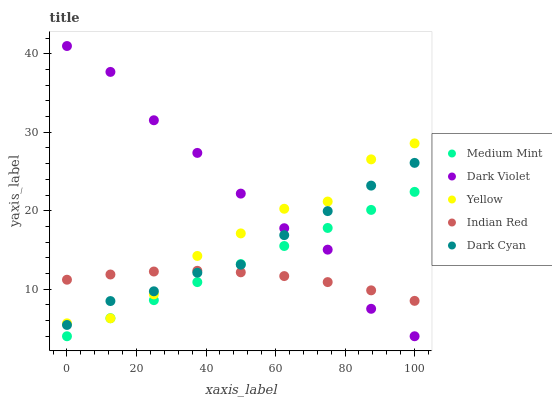
| xaxis_label | Medium Mint | Dark Violet | Yellow | Indian Red | Dark Cyan |
 | --- | --- | --- | --- | --- | --- |
 | 0 | 4 | 41 | 5.65 | 11.2 | 5.44 |
 | 12.5 | 6.3 | 37.7 | 6.28 | 11.9 | 8.49 |
 | 25 | 8.6 | 31.5 | 9.34 | 12.3 | 9.73 |
 | 37.5 | 10.9 | 27.4 | 14.2 | 12.3 | 12.1 |
 | 50 | 13.2 | 22.2 | 17.1 | 12.2 | 13.1 |
 | 62.5 | 15.5 | 17.8 | 20.3 | 11.7 | 16.9 |
 | 75 | 17.8 | 15 | 21.2 | 10.9 | 20 |
 | 87.5 | 20.1 | 7.5 | 26.6 | 9.85 | 23.2 |
 | 100 | 22.4 | 4 | 28.6 | 8.51 | 26.1 |